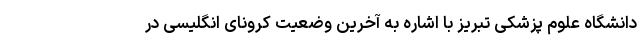
دانشگاه علوم پزشکی تبریز با اشاره به آخرین وضعیت کرونای انگلیسی در